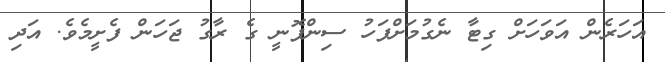
އަހަރެން އަވަހަށް ގިޓާ ނެގުމަށްފަހު ސިންފޮނީ ގެ ރާގު ޖަހަން ފެށީމެވެ. އަދި